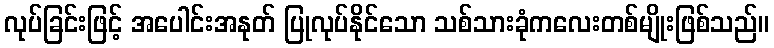
လုပ်ခြင်းဖြင့် အပေါင်းအနုတ် ပြုလုပ်နိုင်သော သစ်သားခုံကလေးတစ်မျိုးဖြစ်သည်။